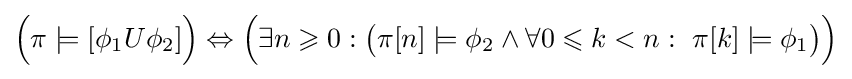
{\Big (}\pi \models [\phi _{1}U\phi _{2}]{\Big )}\Leftrightarrow {\Big (}\exists n\geqslant 0:{\big (}\pi [n]\models \phi _{2}\land \forall 0\leqslant k<n:~\pi [k]\models \phi _{1}{\big )}{\Big )}